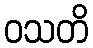
ဝသတိ